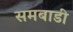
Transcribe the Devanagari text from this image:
समबाडी